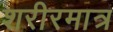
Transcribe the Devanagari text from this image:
शरीरमात्र